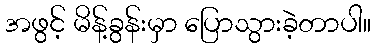
အဖွင့် မိန့်ခွန်းမှာ ပြောသွားခဲ့တာပါ။